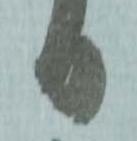
日